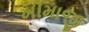
ખીમાજી